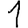
Digit: 1